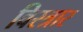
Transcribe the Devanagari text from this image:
विस्त्रार